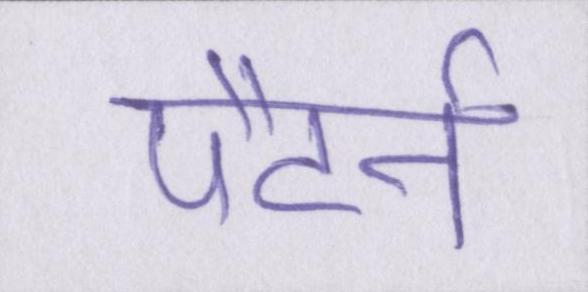
पैटर्न